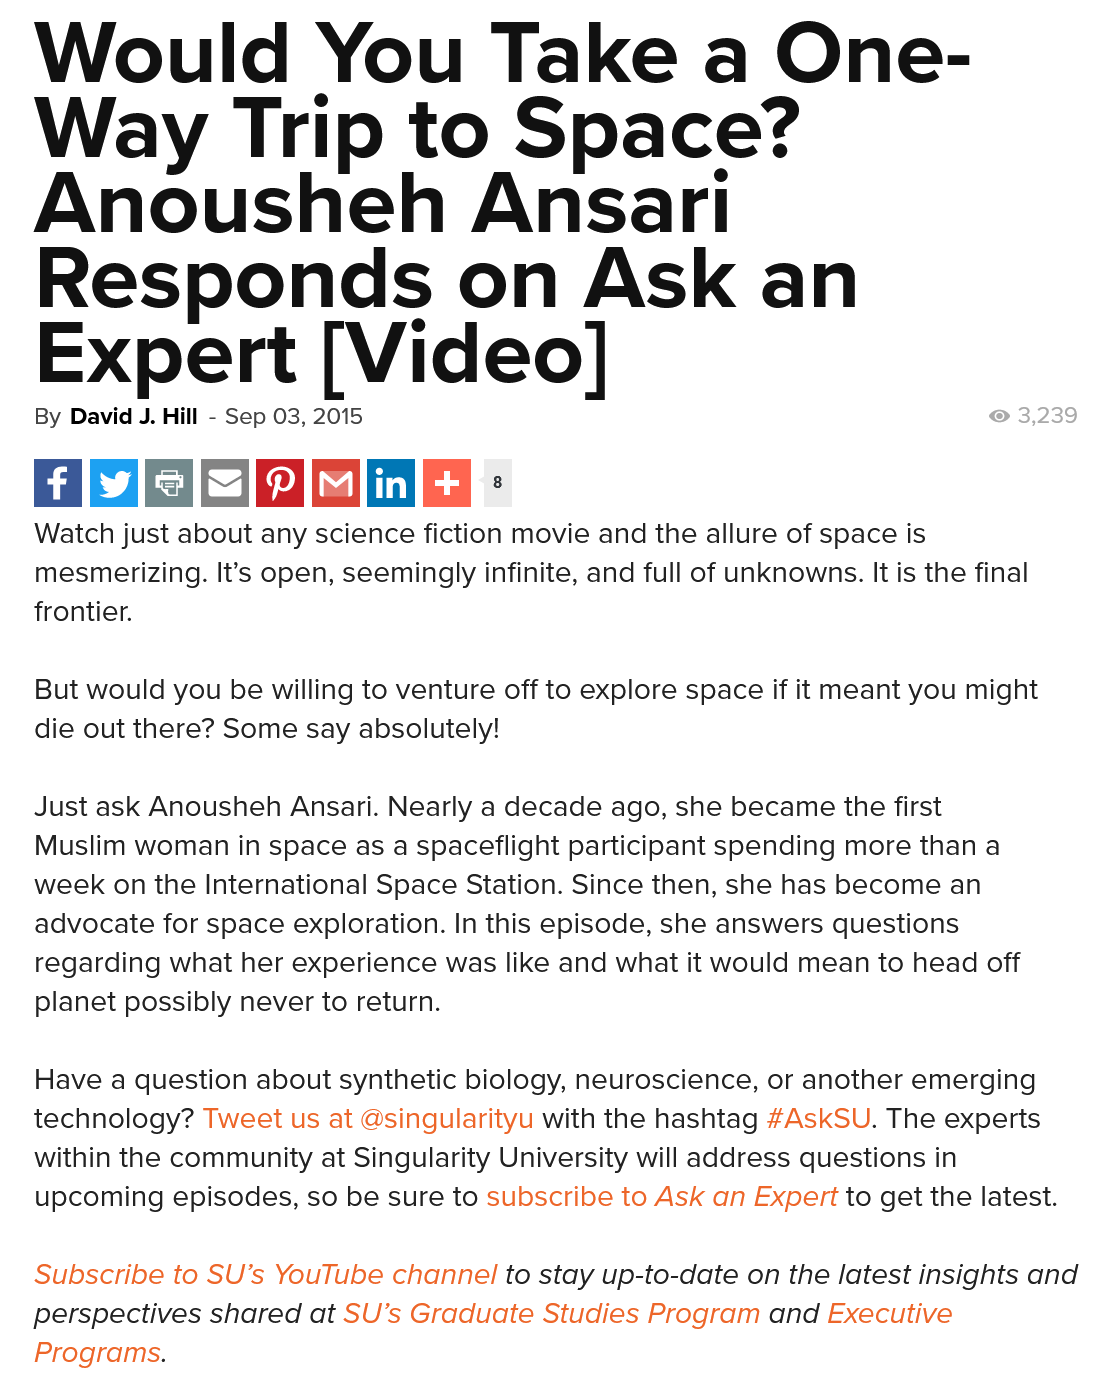
Watch just about any science fiction movie and the allure of space is
   mesmerizing. It’s open, seemingly infinite, and full of unknowns. It is the final
   frontier.
   But would you be willing to venture off to explore space if it meant you might
   die out there? Some say absolutely!
   Just ask Anousheh Ansari. Nearly a decade ago, she became the first
   Muslim woman in space as a spaceflight participant spending more than a
   week on the International Space Station. Since then, she has become an
   advocate for space exploration. In this episode, she answers questions
   regarding what her experience was like and what it would mean to head off
   planet possibly never to return.
   Have a question about synthetic biology, neuroscience, or another emerging
   technology? Tweet us at @singularityu with the hashtag #AskSU. The experts
   within the community at Singularity University will address questions in
   upcoming  episodes, so be sure to subscribe to Ask an Expert to get the latest.
   Would    You    Take    a    One-
   Way    Trip    to    Space?
   Anousheh    Ansari
   Responds    on    Ask    an
   Expert    [Video|
   By David J. Hill
     - Sep 03, 2015    3,239
   Subscribe to SU’s YouTube channel to stay up-to-date on the latest insights and
   perspectives shared at SU’s Graduate Studies Program and Executive
   Programs.